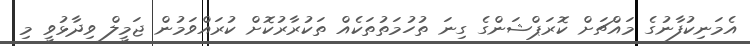
އެމަނިކުފާނުގެ މައްޗަށް ކޮރަޕްޝަންގެ ގިނަ ތުހުމަތުތަކެއް ތަކުރާރުކޮށް ކުރައްވަމުން ޖަމީލް ވިދާޅުވީ މި